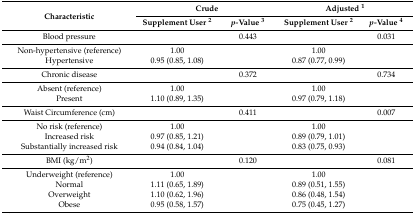
| <ROWSPAN=2> Characteristic | <COLSPAN=2> Crude | <COLSPAN=2> Adjusted 1 |
 | Supplement User 2 | p-Value 3 | Supplement User 2 | p-Value 4 |
 | --- | --- | --- | --- | --- |
 | Blood pressure |  | 0.443 |  | 0.031 |
 | Non-hypertensive (reference) | 1.00 |  | 1.00 |  |
 | Hypertensive | 0.95 (0.85, 1.08) |  | 0.87 (0.77, 0.99) |  |
 | Chronic disease |  | 0.372 |  | 0.734 |
 | Absent (reference) | 1.00 |  | 1.00 |  |
 | Present | 1.10 (0.89, 1.35) |  | 0.97 (0.79, 1.18) |  |
 | Waist Circumference (cm) |  | 0.411 |  | 0.007 |
 | No risk (reference) | 1.00 |  | 1.00 |  |
 | Increased risk | 0.97 (0.85, 1.21) |  | 0.89 (0.79, 1.01) |  |
 | Substantially increased risk | 0.94 (0.84, 1.04) |  | 0.83 (0.75, 0.93) |  |
 | BMI (kg/m2) |  | 0.120 |  | 0.081 |
 | Underweight (reference) | 1.00 |  | 1.00 |  |
 | Normal | 1.11 (0.65, 1.89) |  | 0.89 (0.51, 1.55) |  |
 | Overweight | 1.10 (0.62, 1.96) |  | 0.86 (0.48, 1.54) |  |
 | Obese | 0.95 (0.58, 1.57) |  | 0.75 (0.45, 1.27) |  |